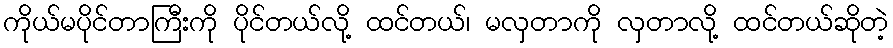
ကိုယ်မပိုင်တာကြီးကို ပိုင်တယ်လို့ ထင်တယ်၊ မလှတာကို လှတာလို့ ထင်တယ်ဆိုတဲ့